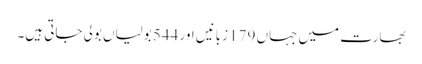
بھارت میں جہاں 179 زبانیں اور 544 بولیاں بولی جاتی ہیں۔